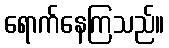
ရောက်နေကြသည်။